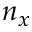
n _ { x }